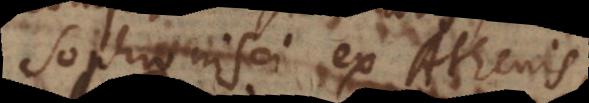
Sophronisci ex Athenis,